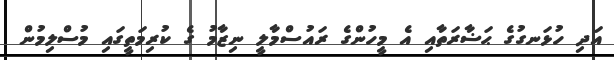
އަދި ހުޅަނގުގެ ޙަޟާރަތާއި އެ މީހުންގެ ރައުސްމާލީ ނިޒާމު ގެ ކުރިމަތީގައި މުސްލިމުން